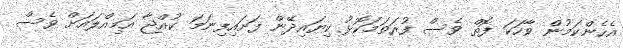
އެހެންކަމުން ވާހަކަ ފޮތް ވެސް ފުރަތަމަކޮޅު ކިޔައިދޭން ފަށައިފިނަމަ ކުއްޖާ އަމިއްލައަށް ވެސް